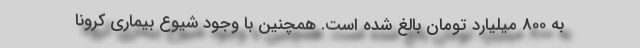
به 800 میلیارد تومان بالغ شده است. همچنین با وجود شیوع بیماری کرونا